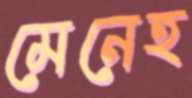
মেনেহ